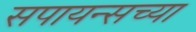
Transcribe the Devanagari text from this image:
सपायन्सच्या